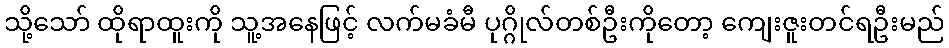
သို့သော် ထိုရာထူးကို သူ့အနေဖြင့် လက်မခံမီ ပုဂ္ဂိုလ်တစ်ဦးကိုတော့ ကျေးဇူးတင်ရဦးမည်